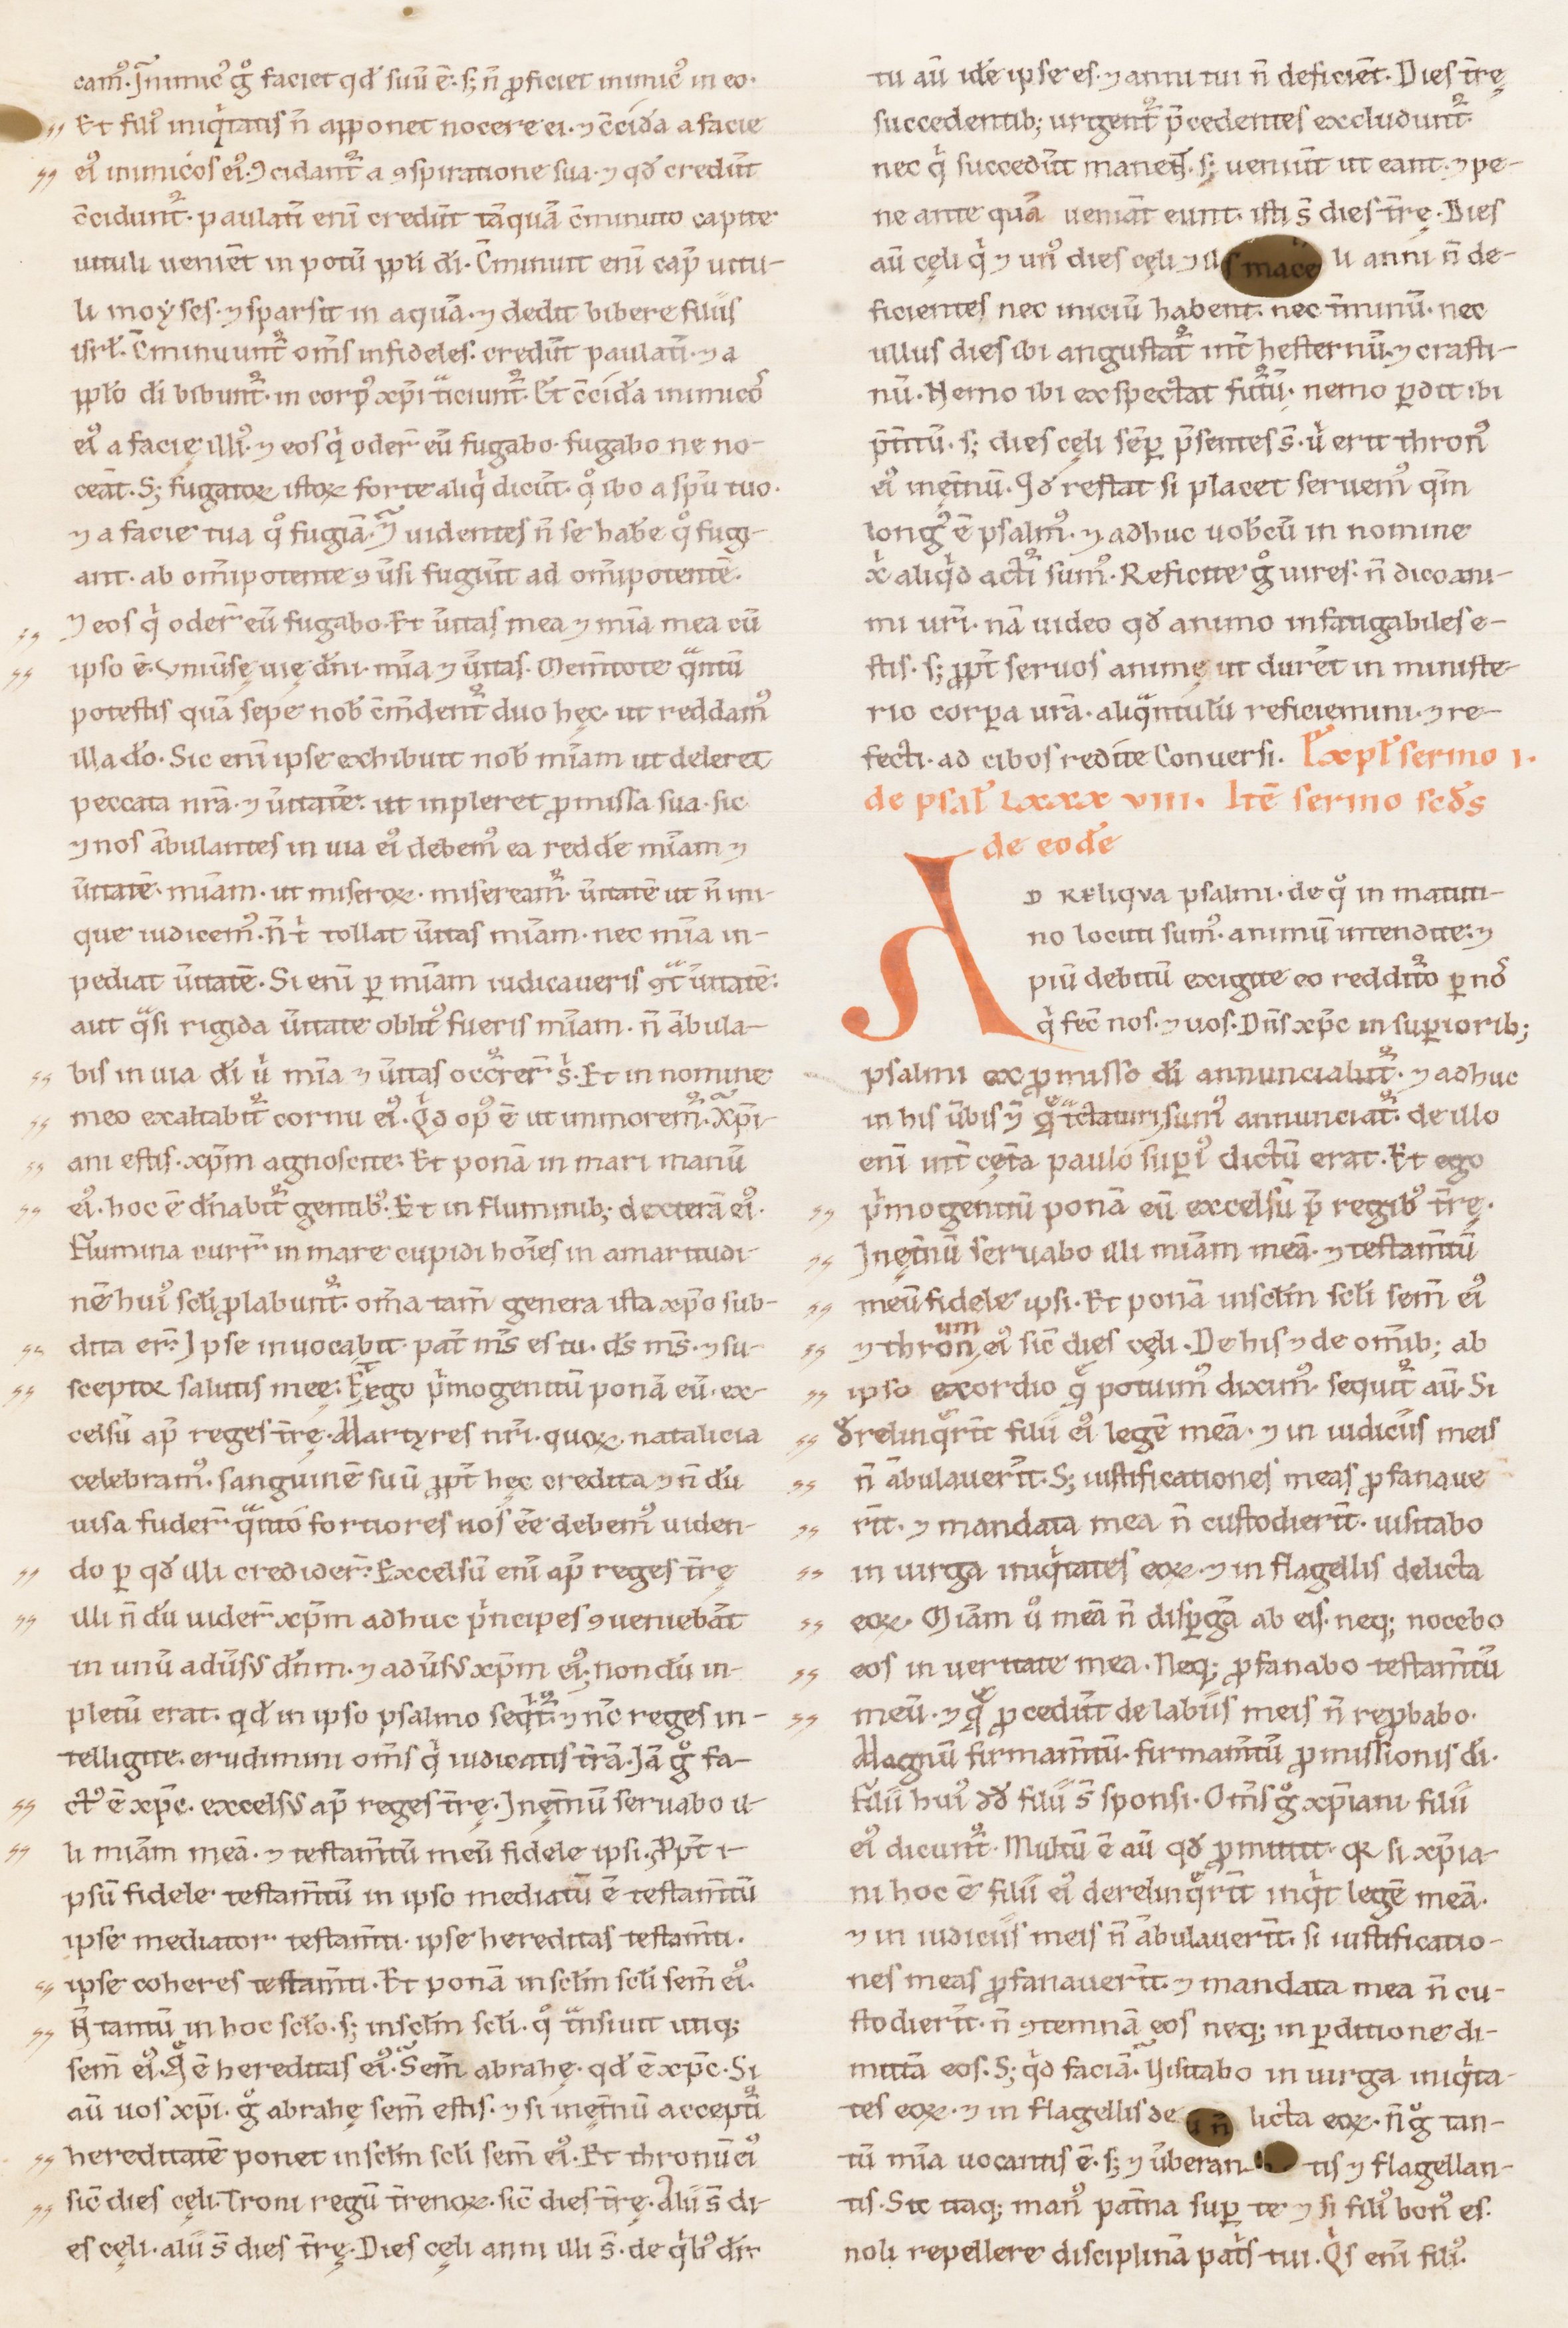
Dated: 1100–1199